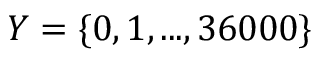
Y = \{ 0 , 1 , . . . , 3 6 0 0 0 \}